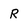
Character: R